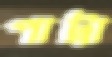
পাট্রা